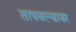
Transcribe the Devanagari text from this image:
तापवल्यावर